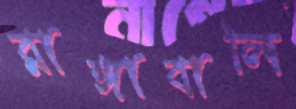
রাঙ্গাবালি